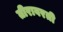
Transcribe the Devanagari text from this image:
तीरावरती